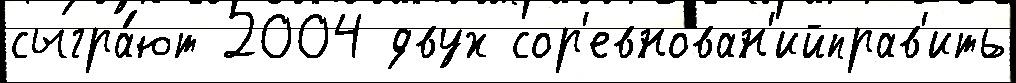
сыгра́ют 2004 двух сор'евнован'ийправ'ить